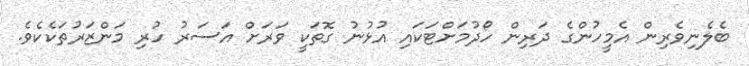
ބެލެނިވެރިން އެމީހުންގެ ދަރިން ހޯދުމަށްޓަކައި އުޅުނު ގޮތަކީ ވަރަށް އަސަރު ހުރި މަންޒަރުތަކެކެވެ.